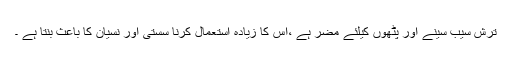
ترش سیب سینے اور پٹھوں کیلئے مضر ہے ،اس کا زیادہ استعمال کرنا سستی اور نسیان کا باعث بنتا ہے ۔